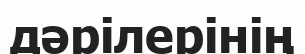
дәрілерінің